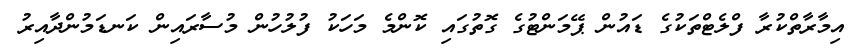
އިމާރާތްކުރާ ފްލެޓްްތަކުގެ ޑައުން ޕޭމަންޓުގެ ގޮތުގައި ކޮންމެ މަހަކު ފުލުހުން މުސާރައިން ކަނޑަމުންދާއިރު